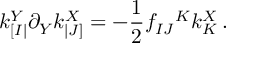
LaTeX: k _ { [ I | } ^ { Y } \partial _ { Y } k _ { | J ] } ^ { X } = - \frac 1 2 f _ { I J } { } ^ { K } k _ { K } ^ { X } \, .